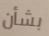
بشأن